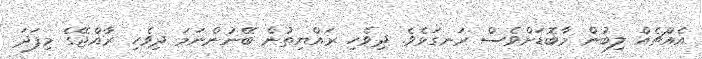
އެއްޗެއް ލިބުން މާބޮޑަށްވެސް ރަނގަޅެވެ. ދިވެހި ރައްޔިތުން ބޭނުންނަމަ ދިވެހި ރާއްޖޭގެ މިފަދަ